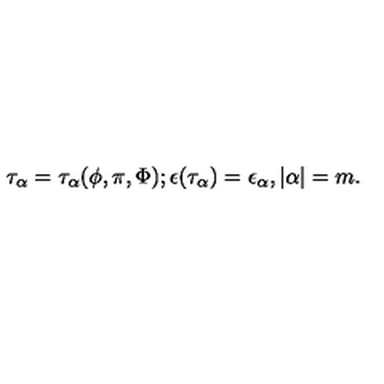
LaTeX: \tau _ { \alpha } = \tau _ { \alpha } ( \phi , \pi , \Phi ) ; \epsilon ( \tau _ { \alpha } ) = \epsilon _ { \alpha } , { } | \alpha | = m .